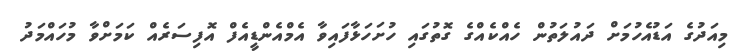
މިއަދުގެ އަޑުއެހުމަށް ދައުލަތުން ހެއްކެއްގެ ގޮތުގައި ހުށަހަޅާފައިވާ އެމްއެންޑީއެފް އޮފިސަރެއް ކަމަށްވާ މުހައްމަދު